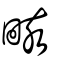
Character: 畡